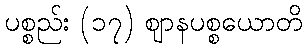
ပစ္စည်း (၁၇) ဈာနပစ္စယောတိ